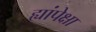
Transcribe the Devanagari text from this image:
ह्यांपेक्षा